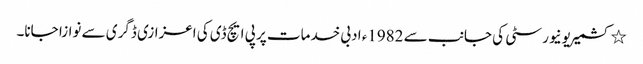
٭ کشمیریونیورسٹی کی جانب سے 1982ء ادبی خدمات پر پی ایچ ڈی کی اعزازی ڈگری سے نوازا جانا۔